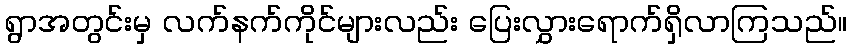
ရွာအတွင်းမှ လက်နက်ကိုင်များလည်း ပြေးလွှားရောက်ရှိလာကြသည်။